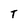
Character: T